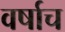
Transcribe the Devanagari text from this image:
वर्षाच